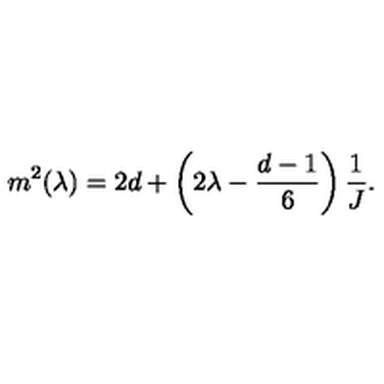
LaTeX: m ^ { 2 } ( \lambda ) = 2 d + \left( 2 \lambda - { \frac { d - 1 } { 6 } } \right) { \frac { 1 } { J } } .